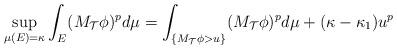
LaTeX: \begin{align*}\sup_{\mu(E)=\kappa}\int_{E}(M_{\mathcal{T}}\phi)^{p}d\mu=\int_{\{M_{\mathcal{T}}\phi>u\}}(M_{\mathcal{T}}\phi)^{p}d\mu+(\kappa-\kappa_{1})u^{p}\end{align*}